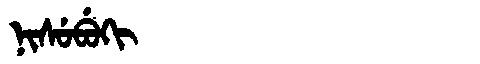
Manchu: ᠨᡳᠰᡠᠪᡠᡴᡳ
Romanization: NISUBUKI